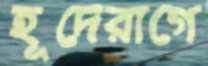
হূদেরাগে